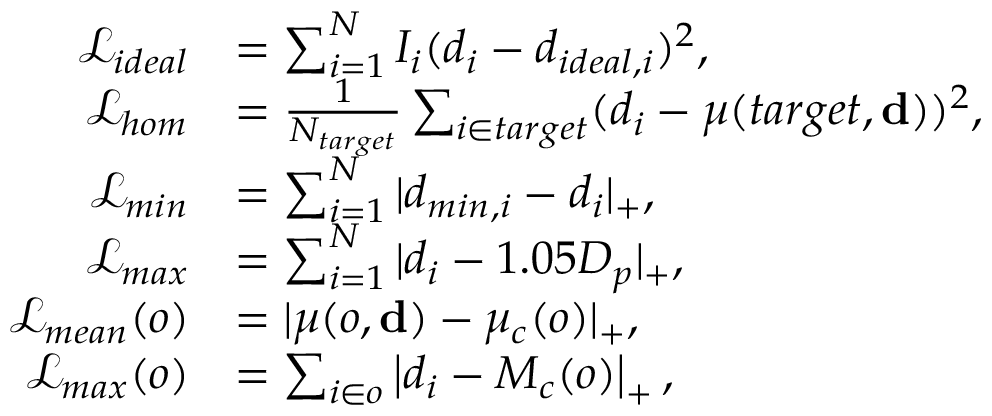
\begin{array} { r l } { \mathcal { L } _ { i d e a l } } & { = \sum _ { i = 1 } ^ { N } I _ { i } ( d _ { i } - d _ { i d e a l , i } ) ^ { 2 } , } \\ { \mathcal { L } _ { h o m } } & { = \frac { 1 } { N _ { t a r g e t } } \sum _ { i \in t a r g e t } ( d _ { i } - \mu ( t a r g e t , \mathbf { d } ) ) ^ { 2 } , } \\ { \mathcal { L } _ { m i n } } & { = \sum _ { i = 1 } ^ { N } | d _ { m i n , i } - d _ { i } | _ { + } , } \\ { \mathcal { L } _ { m a x } } & { = \sum _ { i = 1 } ^ { N } | d _ { i } - 1 . 0 5 D _ { p } | _ { + } , } \\ { \mathcal { L } _ { m e a n } ( o ) } & { = | \mu ( o , \mathbf { d } ) - \mu _ { c } ( o ) | _ { + } , } \\ { \mathcal { L } _ { m a x } ( o ) } & { = \sum _ { i \in o } \left| d _ { i } - M _ { c } ( o ) \right| _ { + } , } \end{array}